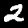
Label: 2